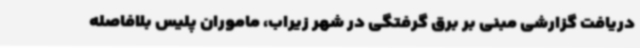
دریافت گزارشی مبنی بر برق گرفتگی در شهر زیراب، ماموران پلیس بلافاصله